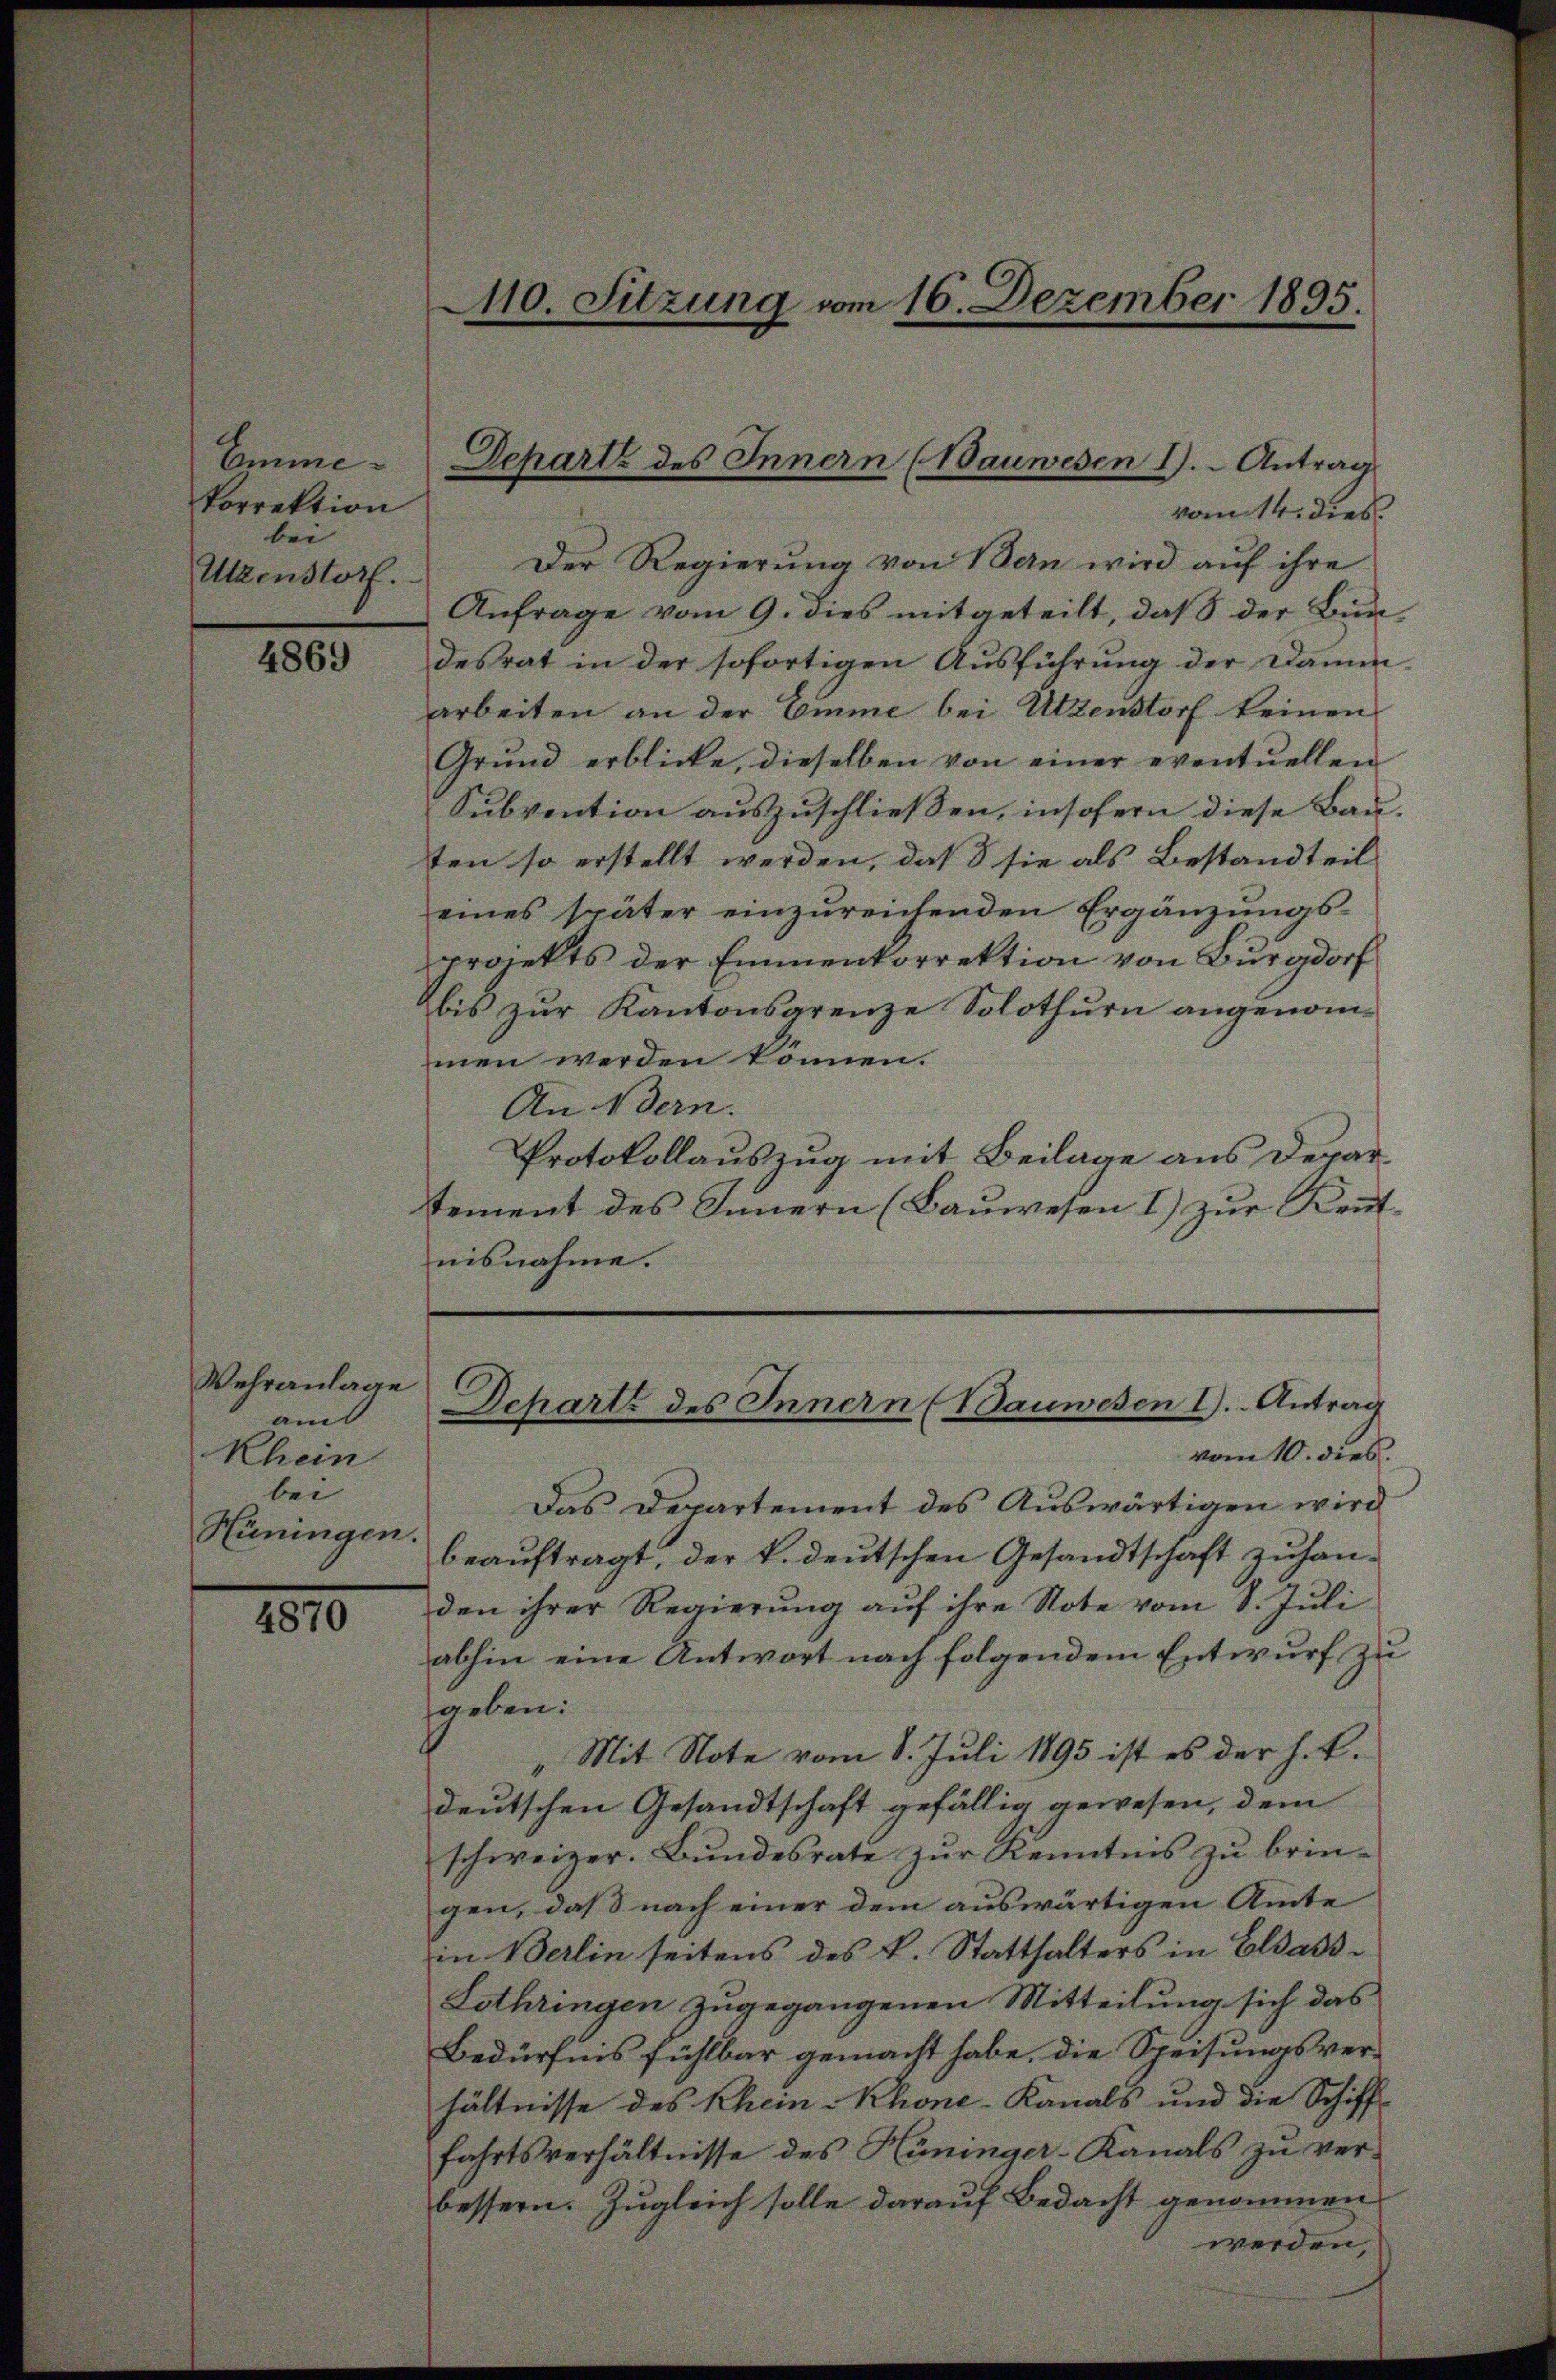
Porrektion
bei
Utzenstorf.

4869

Wehranlage
am
Rhein
bei
Hüningen.

4870

vom 14. dies
Der Regierung von Bern wird auf ihre
Anfrage vom 9. dies mitgeteilt, daß der Bundesrat in der sofortigen Ausführung der Damm-
arbeiten an der Emme bei Utzenstorf keinen
Grŭnd erblicke, dieselben von einer eventuellen
Subvention auszuschließen, insofern diese Bau-
ten so erstellt werden, daß sie als Bestandteil
eines später einzureichenden Ergänzungsprojekts der Emmenkorrektion von Burgdorf
bis zur Kantonsgrenze Solothurn angenommen werden können.
An Bern.
Protokollauszug mit Beilage aus Departement des Innern (Baŭwesen I) zŭr Kennt
Schartz des Innern (Bauwesen I. Antrag
vom 10. dies.
Das Departement des Auswärtigen wird
beauftragt, der k. deutschen Gesandtschaft zuhanden ihrer Regierung aŭf ihre Note vom 8. Juli
abhin eine Antwort nach folgendem Entwurf zu
ggeben:
„Mit Note vom 8. Juli 1895 ist es der h. E.
deutschen Gesandtschaft gefällig gewesen, dem
schweizer. Bundesrate zur Kenntnis zu bringen, daß nach einer dem auswärtigen Amte
in Berlin seitens des k. Statthalters in Elsass¬
Lothringen zugegangenen Mitteilung sich das
Bedürfnis fühlbar gemacht habe, die Speisungsverhältnisse des Rhein Khone-Kanals und die Schifffahrtsverhältnisse des Hüninger-Kanals zu ver-
bessern. Zugleich solle darauf Bedacht genommen
werden,

nisnahme.

410. Sitzung vom 16. Dezember 1895.

Emme- Schart des Innern (Bauwesen I. Antrag